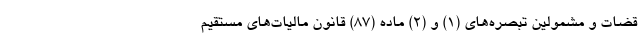
قضات و مشمولین تبصره‌های (۱) و (۲) ماده (۸۷) قانون مالیات‌های مستقیم